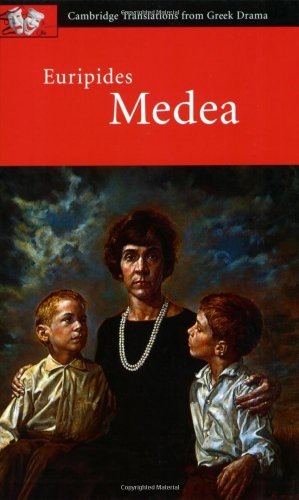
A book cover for Euripides: Medea (Cambridge Translations from Greek Drama); Euripides; Literature & Fiction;